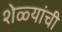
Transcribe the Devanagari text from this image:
शेळ्यांची